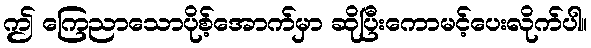
ဤ ကြေညာသောပိုစ့်အောက်မှာ ဆိုပြီးကောမင့်ပေးလိုက်ပါ။